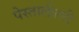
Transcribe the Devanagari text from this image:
पेस्तालीत्सी